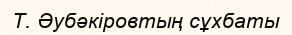
Т. Әубәкіровтың сұхбаты